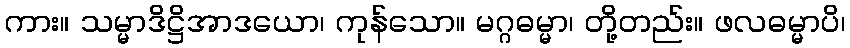
ကား။ သမ္မာဒိဋ္ဌိအာဒယော၊ ကုန်သော။ မဂ္ဂဓမ္မာ၊ တို့တည်း။ ဖလဓမ္မာပိ၊